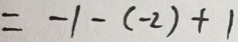
= - 1 - ( - 2 ) + 1